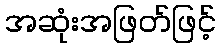
အဆုံးအဖြတ်ဖြင့်